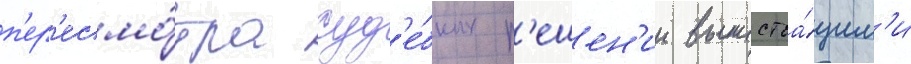
п'ер'есмо́тра суд'е́бных р'ешен'ии вышестоа́щим'и